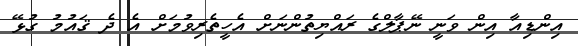
އިންޑިއާ އިން ވަނީ ނޭޕާލްގެ ރައްޔިތުންނަށް އެހީތެރިވުމަށް އެ ދެ ޤައުމު ގުޅޭ